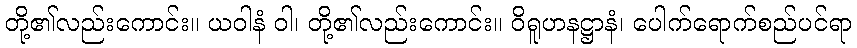
တို့၏လည်းကောင်း။ ယဝါနံ ဝါ၊ တို့၏လည်းကောင်း။ ဝိရူဟနဋ္ဌာနံ၊ ပေါက်ရောက်စည်ပင်ရာ